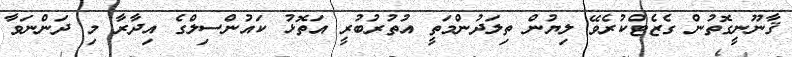
ޤާނޫނީގޮތުން ގެޒެޓްކުރެވޭ ލިޔުން ތިލަދުންމަތީ އުތުރުބުރީ އަތޮޅު ކައުންސިލްގެ އިދާރާ މި ދަންނަވާ